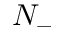
N _ { - }